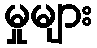
မှုများ